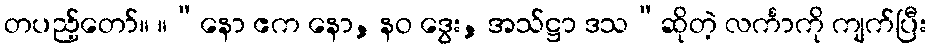
တပည့်တော်။ ။“နော ဧက နော, နဝ ဒွေး, အသ်ဋ္ဌာ ဒသ”ဆိုတဲ့ လင်္ကာကို ကျက်ပြီး